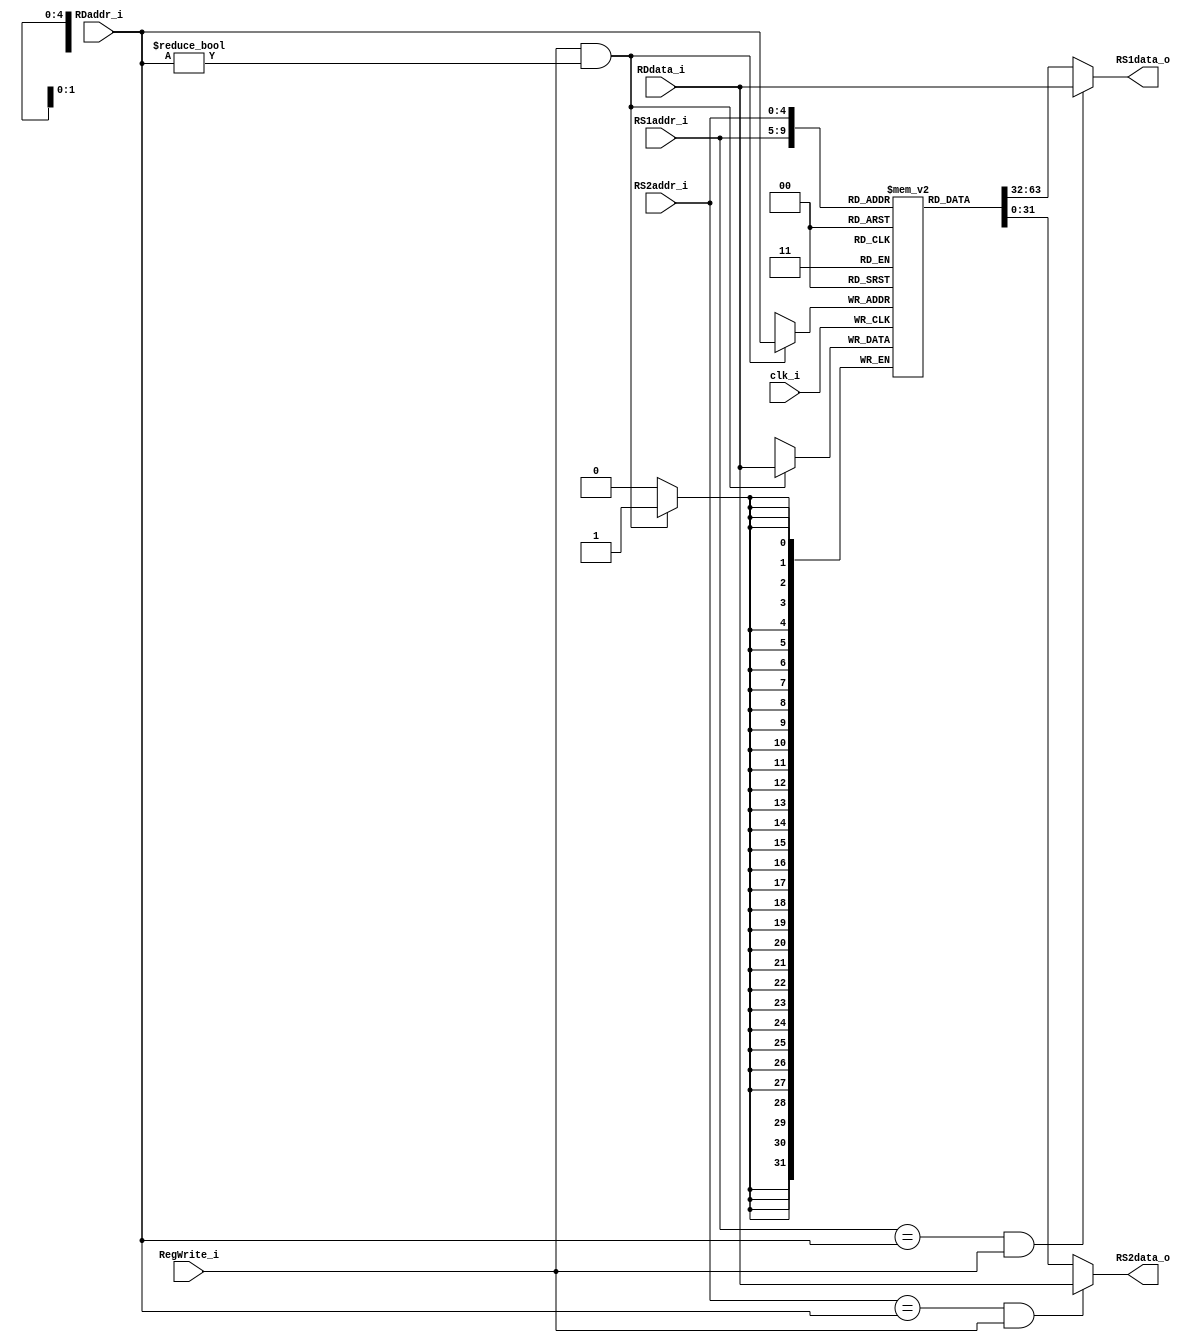
module Registers
(
    clk_i,
    RS1addr_i,
    RS2addr_i,
    RDaddr_i,
    RDdata_i,
    RegWrite_i,
    RS1data_o,
    RS2data_o
);

    // Ports
    input               clk_i;
    input   [4:0]       RS1addr_i;
    input   [4:0]       RS2addr_i;
    input   [4:0]       RDaddr_i;
    input   [31:0]      RDdata_i;
    input               RegWrite_i;
    output  [31:0]      RS1data_o;
    output  [31:0]      RS2data_o;

    // Register File
    reg signed    [31:0]      register        [0:31];

    // Read Data
    assign  RS1data_o = (RS1addr_i == RDaddr_i && RegWrite_i) ? RDdata_i : register[RS1addr_i];
    assign  RS2data_o = (RS2addr_i == RDaddr_i && RegWrite_i) ? RDdata_i : register[RS2addr_i];

    // Write Data
    always @ (posedge clk_i) begin
        if (RegWrite_i && RDaddr_i != 0)
            register[RDaddr_i] <= RDdata_i;
    end

endmodule